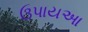
ઉપાયઆ